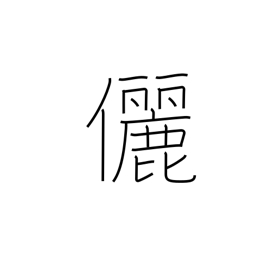
Meaning: companion